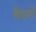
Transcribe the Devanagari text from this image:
बेदले